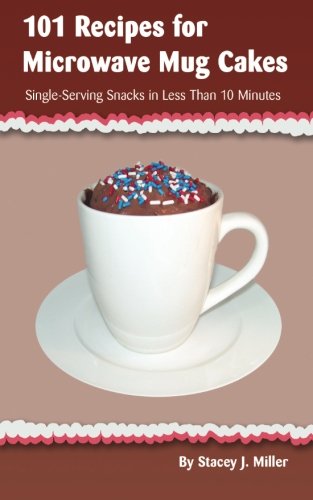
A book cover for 101 Recipes for Microwave Mug Cakes: Single-Serving Snacks in Less Than 10 Minutes; Stacey J. Miller; Cookbooks, Food & Wine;